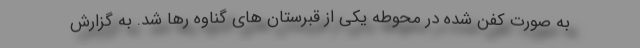
به صورت کفن شده در محوطه یکی از قبرستان های گناوه رها شد. به گزارش